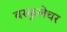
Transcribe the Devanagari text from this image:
वस्कुलेचर